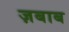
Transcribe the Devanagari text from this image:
ज़बाब